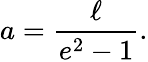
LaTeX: a={\frac{\ell}{e^{2}-1}}.